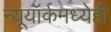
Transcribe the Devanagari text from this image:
न्यूयॉर्कमध्येही